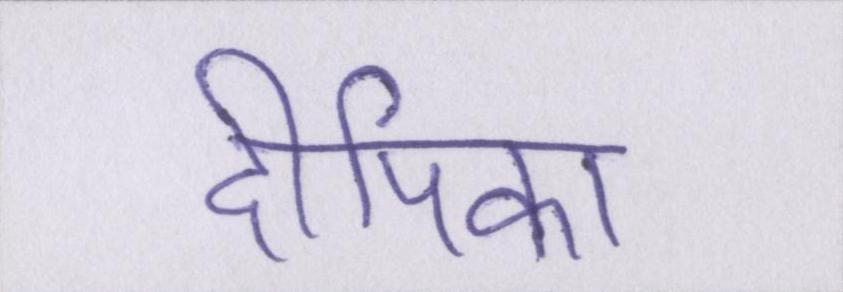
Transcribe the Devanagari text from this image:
दीपिका